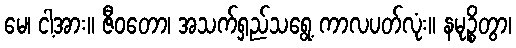
မေ၊ ငါ့အား။ ဇီဝတော၊ အသက်ရှည်သရွေ့ ကာလပတ်လုံး။ နမုဉ္စိတွာ၊